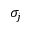
\sigma _ { j }